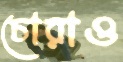
চোরাও